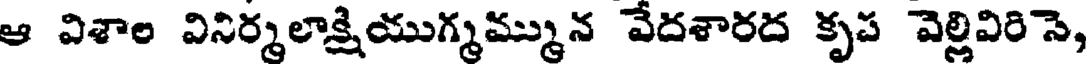
ఆ విశాల వినిర్మలాక్షియుగ్మమ్మున వేదశారద కృప వెల్లివిరిసె,